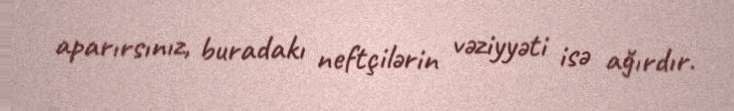
aparırsınız, buradakı neftçilərin vəziyyəti isə ağırdır.